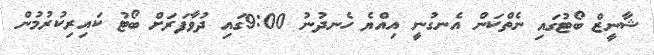
ޝާނީޒް ބޯޓުގައި ނެތްކަން އެނގުނީ އިއްޔެ ހެނދުނު 9:00ގައި ދުވާފަރަށް ބޯޓު ކައިރިކުރުމުން